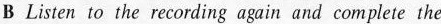
B Listen to the recording again and complete the